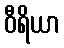
ဝီရိယာ